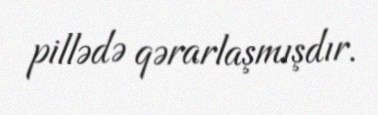
pillədə qərarlaşmışdır.